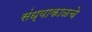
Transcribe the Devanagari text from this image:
संध्याकाळचे